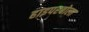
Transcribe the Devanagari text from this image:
हाइपरबोला